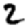
Digit: 2